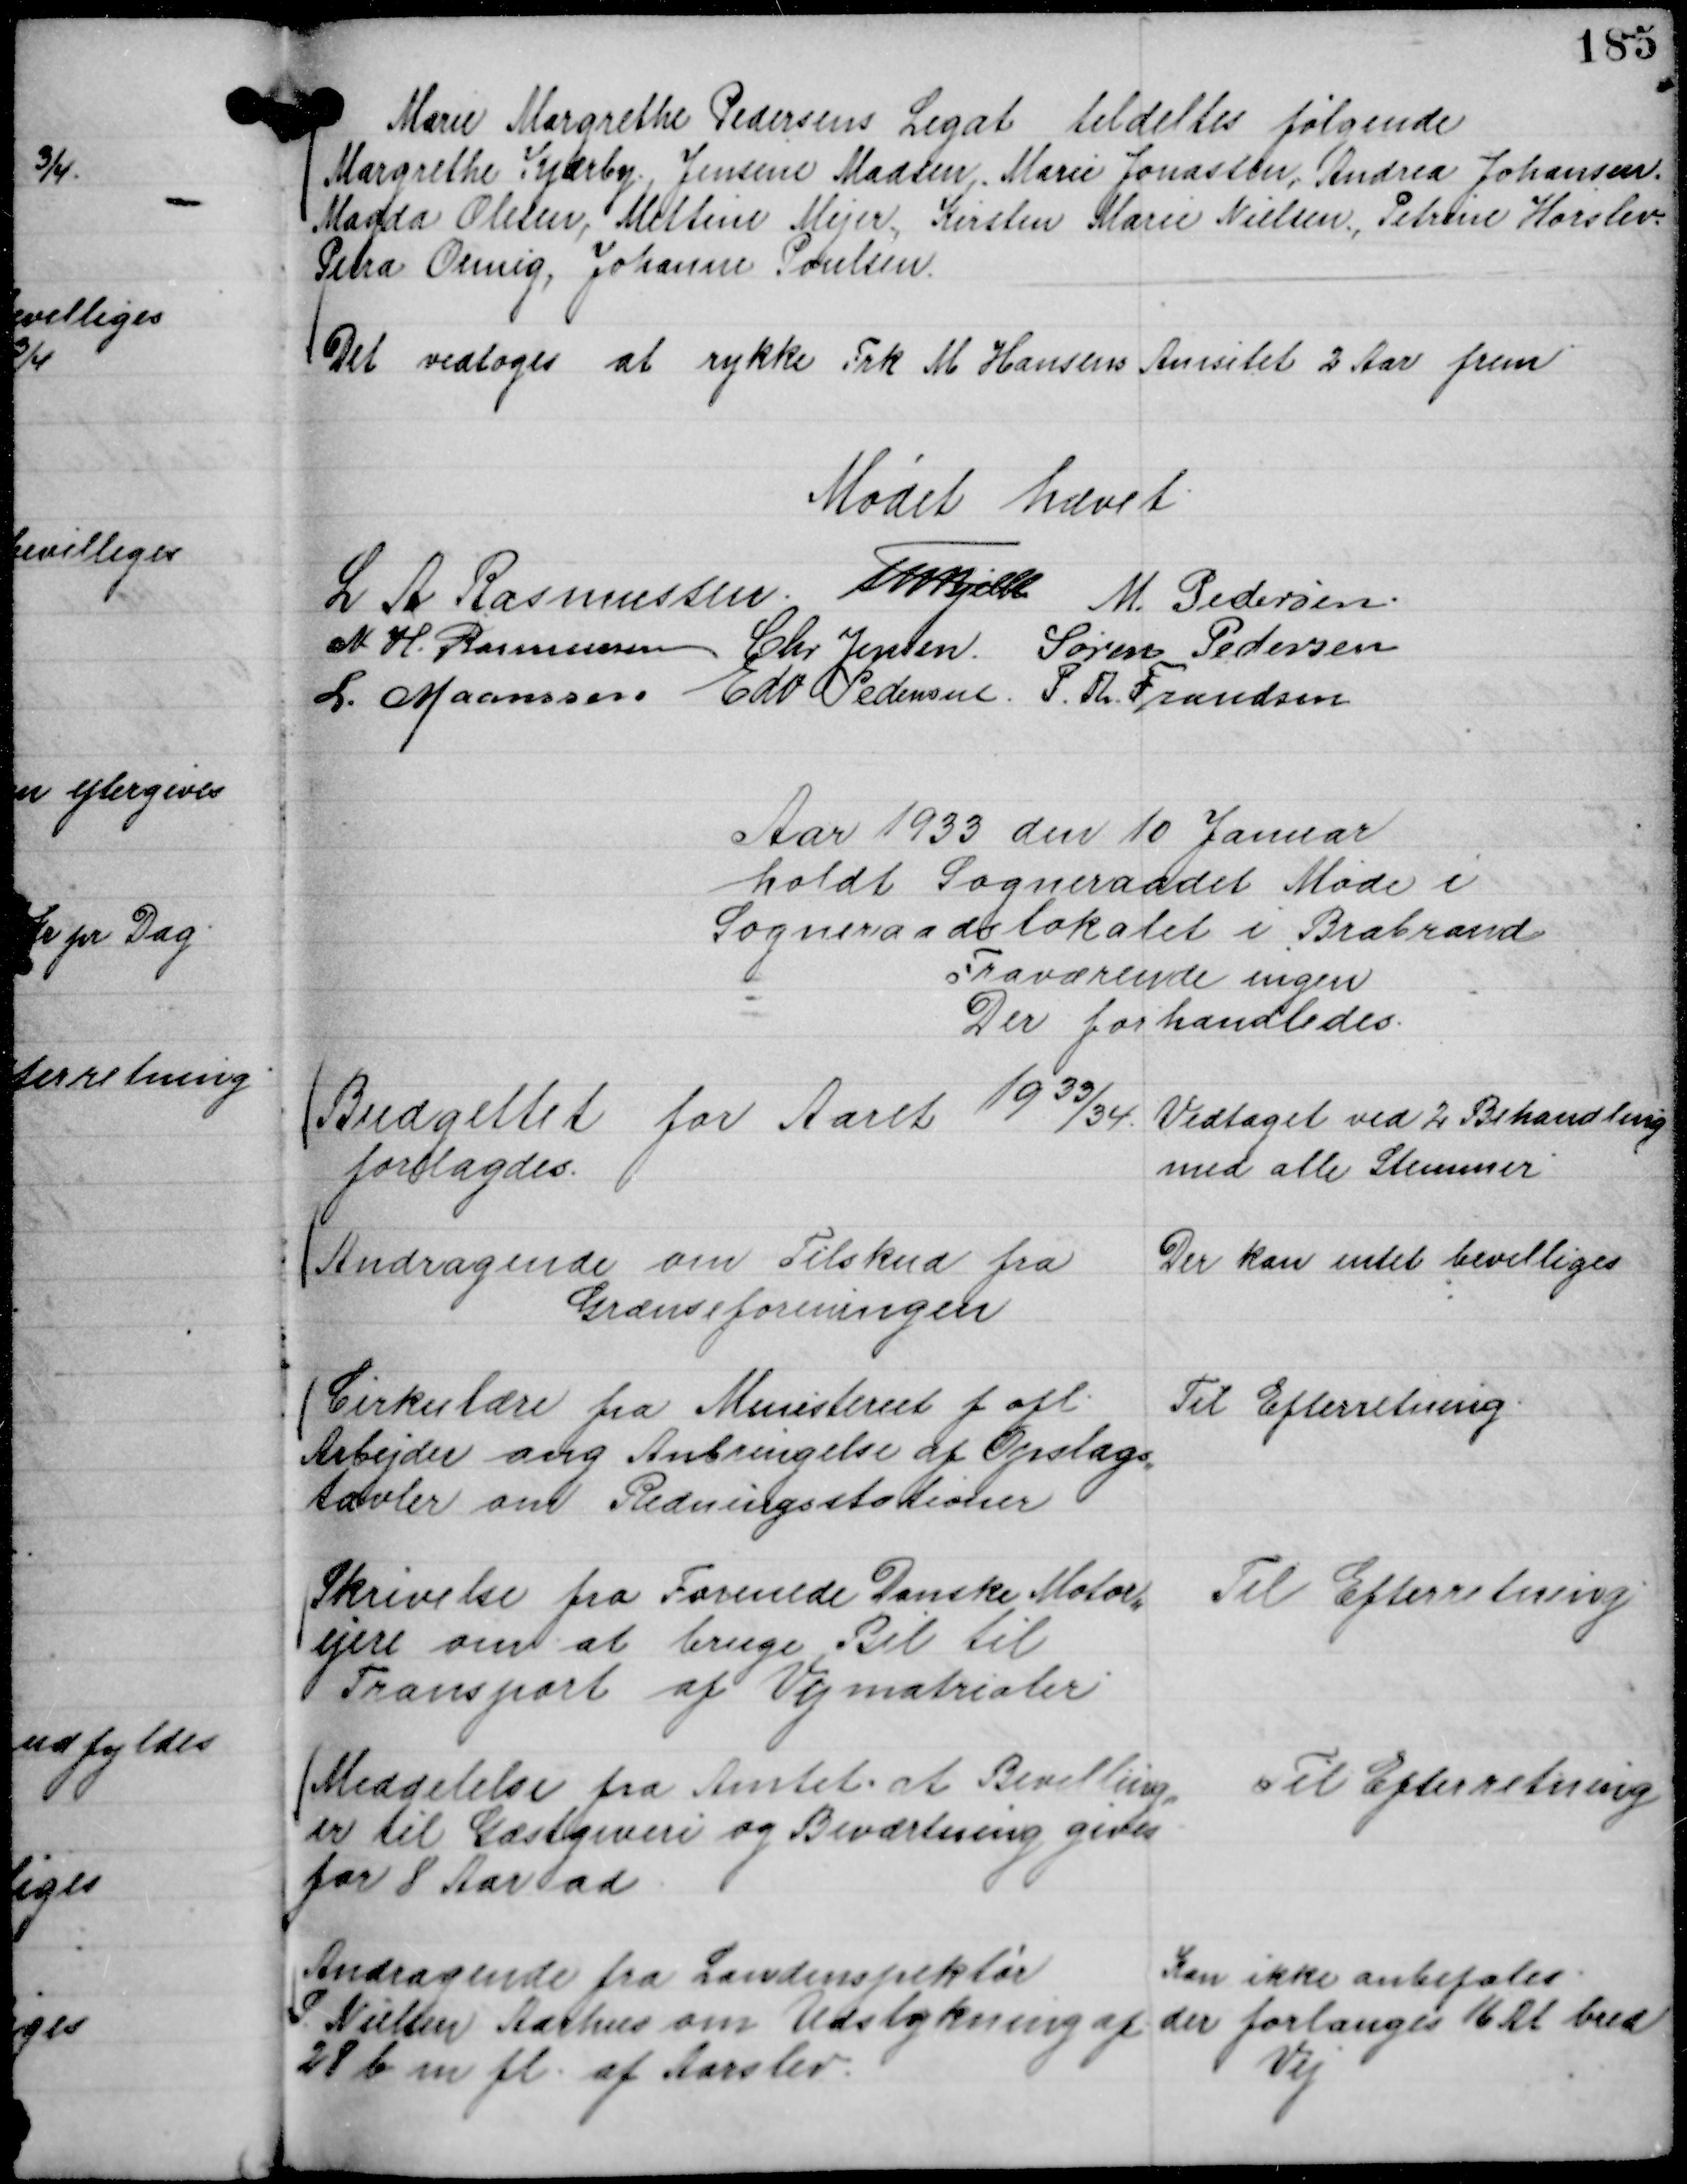
Transskription:
Marie Margrethe Pedersens Legat tildeltes følgende
Margrethe Kjærby. Jensine Madsen,. Marie Jonassen,. Andrea Johansen.
Magda Olesen, Mettine Mejer., Kirsten Marie Nielsen., Petrine Horslev.
Petra Oemig, Johanne Poulsen.

Det vedtoges at rykke Frk M Hansens Anisitet 2 Aar frem

Mødet hævet.
L A Rasmussen.
Th Bjelke
M. Pedersen.
N. H. Rasmussen
Chr Jensen.
Søren Pedersen
L. Maansson
Edv Pedersen.
P. Th. Frandsen

Aar 1933 den 10 Januar
holdt Sogneraadet Møde i
Sogneraadslokalet i Brabrand
Fraværende ingen
Der forhandledes.

Budgettet for Aaret
1933/34

forelagdes.

Vedtaget ved 2 Behandling
med alle Stemmer.

Andragende om Tilskud fra
Grænseforeningen

Der kan intet bevilliges

Cirkulære fra Ministeriet f ofl.
Arbejder ang Anbringelse af Opslags,,
tavler om Redningsstationer

Til Efterretning.

Skrivelse fra Forenede Danske Motor,,
ejere om at bruge Bil til
Transport af Vejmatrialer

Til Efterretning

Meddelelse fra Amtet at Bevilling,,
er til Gæstgiveri og Beværtning gives
for 8 Aar ad.

Til Efterretning

Andragende fra Landinspektør
S. Nielsen Aarhus om Udstykning af
28 b m fl. af Aarslev.

Kan ikke anbefales
der forlanges 16 Al bred
Vej